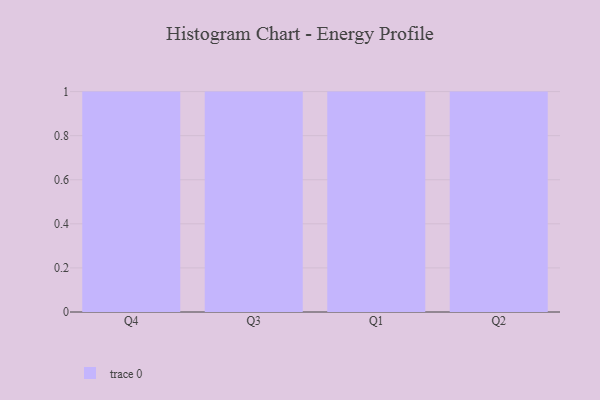
{"axis": {"x": "Quarter", "y": "Headcount"}, "legend": [""], "data": [{"x": "Q4", "y": 87, "type": ""}, {"x": "Q3", "y": 38, "type": ""}, {"x": "Q1", "y": 23, "type": ""}, {"x": "Q2", "y": 71, "type": ""}]}